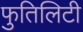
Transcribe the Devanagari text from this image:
फुतिलिटी